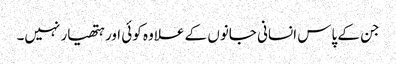
جن کے پاس انسانی جانوں کے علاوہ کوئی اور ہتھیار نہیں۔